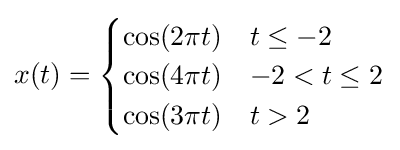
x(t)={\begin{cases}\cos(2\pi t)&t\leq -2\\\cos(4\pi t)&-2<t\leq 2\\\cos(3\pi t)&t>2\end{cases}}